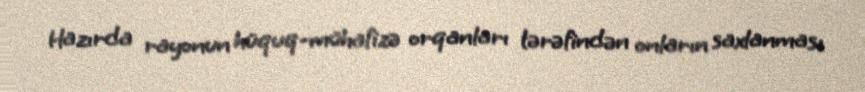
Hazırda rayonun hüquq-mühafizə orqanları tərəfindən onların saxlanması